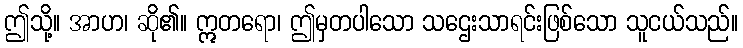
ဤသို့။ အာဟ၊ ဆို၏။ ဣတရော၊ ဤမှတပါသော သဌေးသာရင်းဖြစ်သော သူငယ်သည်။